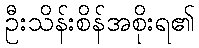
ဦးသိန်းစိန်အစိုးရ၏